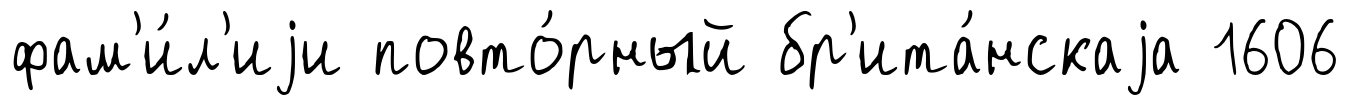
фам'и́л'иjи повто́рный бр'ита́нскаjа 1606